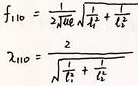
\[
\begin{align*}
f_{1,10}&=\frac{1}{2\pi\sqrt{L}}\sqrt{\frac{1}{C_1}+\frac{1}{C_2}}\\
\lambda_{1,10}&=\frac{2}{\sqrt{\frac{1}{C_1}+\frac{1}{C_2}}}
\end{align*}
\]